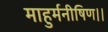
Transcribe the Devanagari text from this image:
माहुर्मनीषिण।।